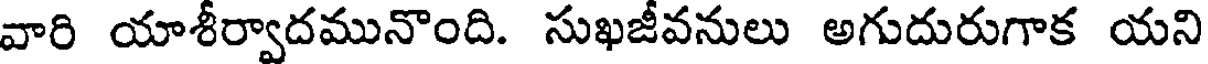
వారి యాశీర్వాదమునొంది. సుఖజీవనులు అగుదురుగాక యని